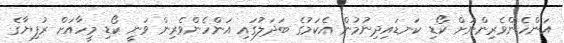
އަންހެންވެރިންނަށް ކޯޑި ކަނޑައިދިނުމުން އެކަމުގެ ބަދަލުގައި އަންހެންވެރިން ވަނީ ކޯޑި މީހާއަށް ރުފިޔާގެ